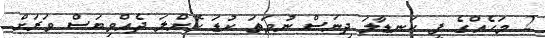
2 މަހެއްގެ ފީ ކަނޑާލަ ދިނަސް ނުވަތަ ކުޑަ ކޮށްލަ ދެއްވިޔަސް ވަރަށް